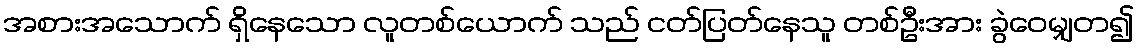
အစားအသောက် ရှိနေသော လူတစ်ယောက် သည် ငတ်ပြတ်နေသူ တစ်ဦးအား ခွဲဝေမျှတ၍